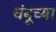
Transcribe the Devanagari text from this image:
चंबूच्या